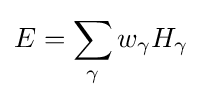
E=\sum _{\gamma }w_{\gamma }H_{\gamma }